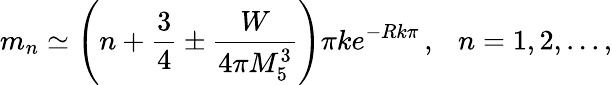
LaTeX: m_{n}\simeq\left(n+\frac{3}{4}\pm\frac{W}{4\pi M_{5}^{3}}\right)\pi ke^{-Rk\pi}\, ,\ \ \ n=1,2,...,